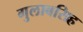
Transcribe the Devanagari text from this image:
गुलाबसिह